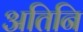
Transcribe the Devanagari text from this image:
अतिनि